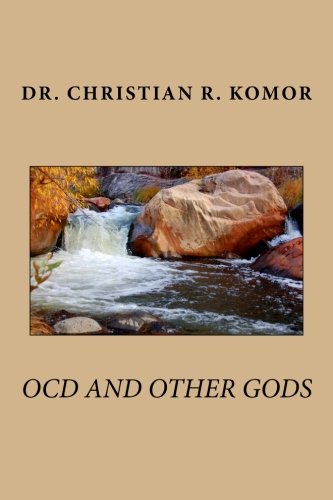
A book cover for OCD And Other Gods; Dr Christian R Komor; Health, Fitness & Dieting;